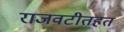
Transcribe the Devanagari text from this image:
राजवटीतहत